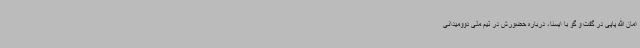
امان الله پاپی در گفت و گو با ایسنا، درباره حضورش در تیم ملی دوومیدانی